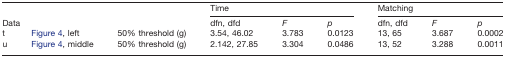
<table><thead><tr><td rowspan="2" colspan="3"><b>Data</b></td><td colspan="3"><b>Time</b></td><td colspan="3"><b>Matching</b></td></tr><tr><td><b>dfn, dfd</b></td><td><b><i>F</i></b></td><td><b><i>p</i></b></td><td><b>dfn, dfd</b></td><td><b><i>F</i></b></td><td><b><i>p</i></b></td></tr></thead><tbody><tr><td>t</td><td>Figure 4, left</td><td>50% threshold (g)</td><td>3.54, 46.02</td><td>3.783</td><td>0.0123</td><td>13, 65</td><td>3.687</td><td>0.0002</td></tr><tr><td>u</td><td>Figure 4, middle</td><td>50% threshold (g)</td><td>2.142, 27.85</td><td>3.304</td><td>0.0486</td><td>13, 52</td><td>3.288</td><td>0.0011</td></tr></tbody></table>